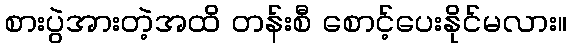
စားပွဲအားတဲ့အထိ တန်းစီ စောင့်ပေးနိုင်မလား။